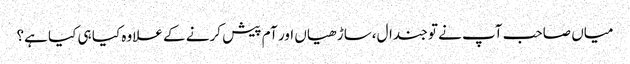
میاں صاحب آپ نے تو جندال،ساڑ ھیاں اور آم پیش کرنے کے علاوہ کیا ہی کیا ہے؟